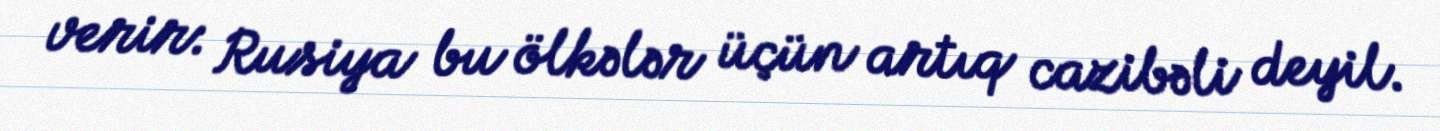
verir: Rusiya bu ölkələr üçün artıq cazibəli deyil.